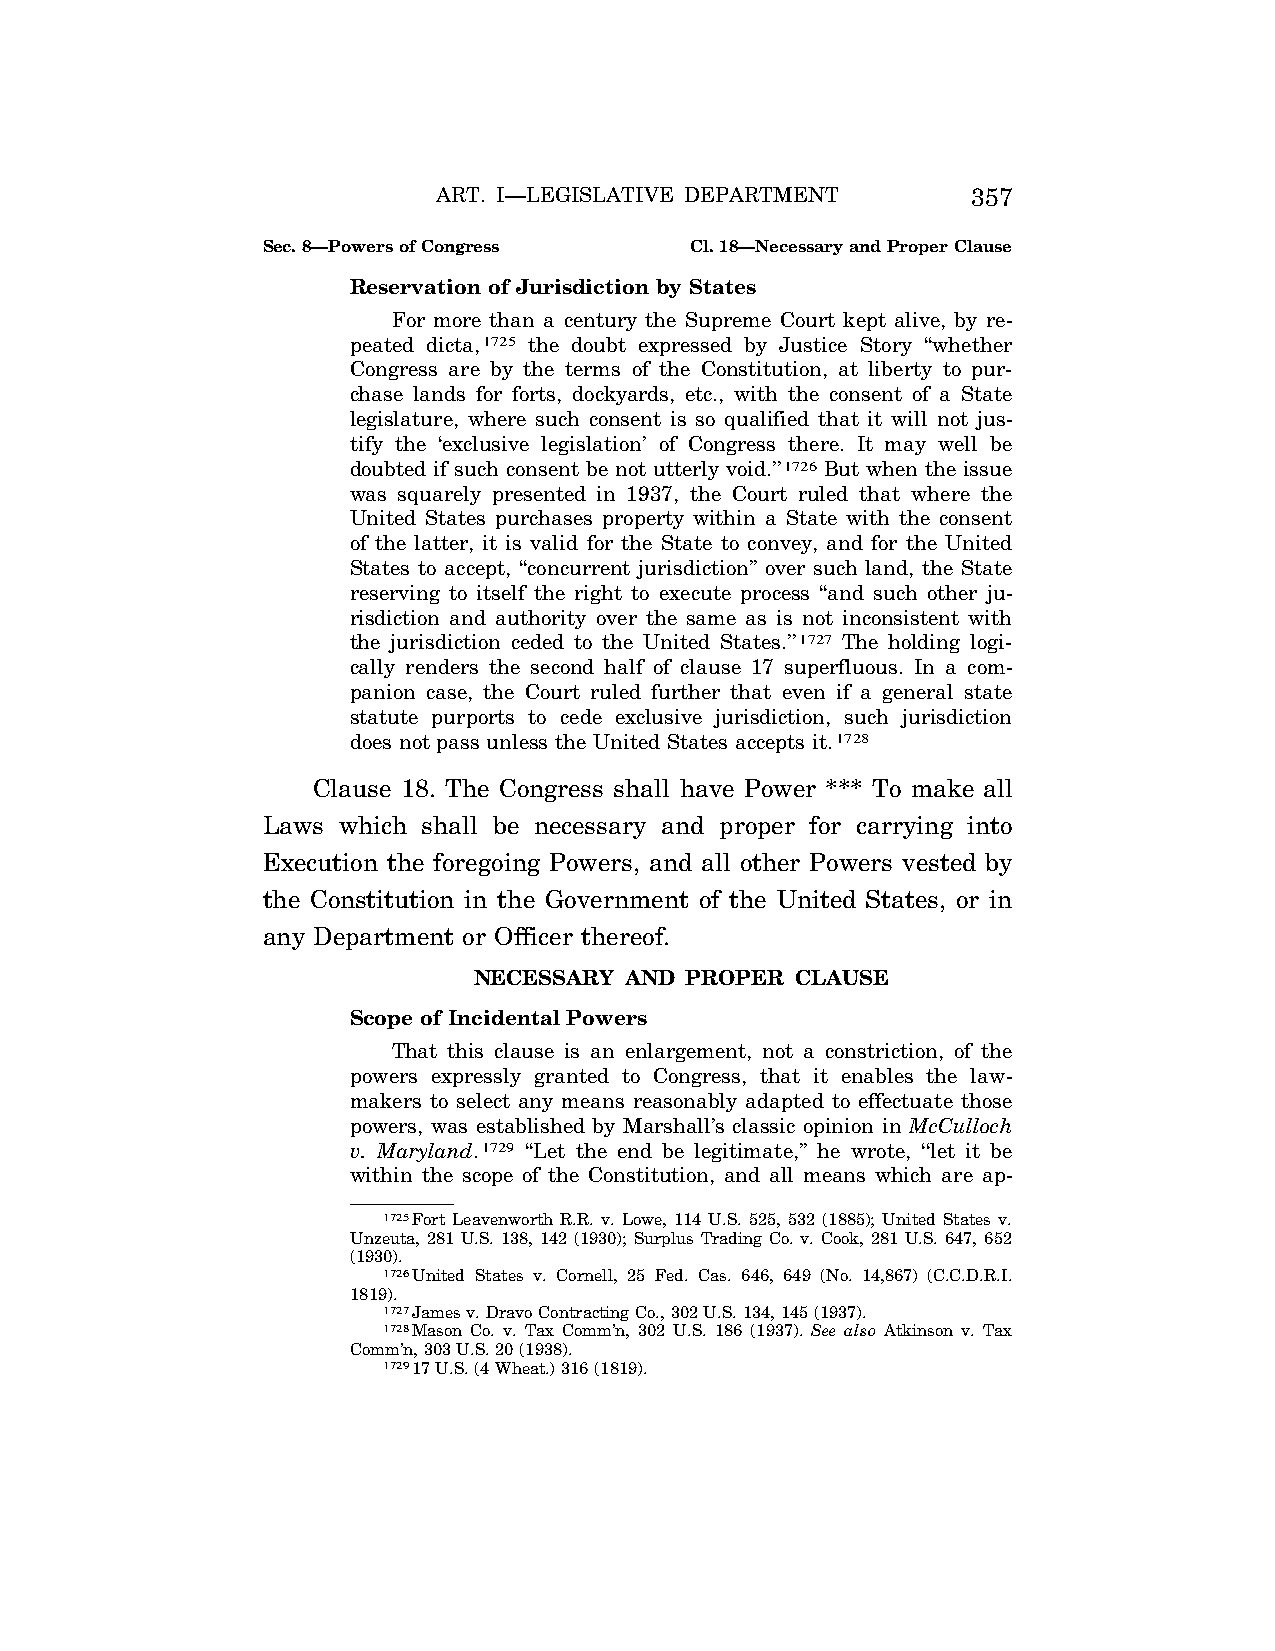
ART. I—LEGISLATIVE DEPARTMENT      357
 Sec. 8—Powers of Congress    Cl. 18—Necessary and Proper Clause
 Reservation of Jurisdiction by States
 For more than a century the Supreme Court kept alive, by re-
 peated dicta,1725 the doubt expressed by Justice Story ‘‘whether
 Congress are by the terms of the Constitution, at liberty to pur-
 chase lands for forts, dockyards, etc., with the consent of a State
 legislature, where such consent is so qualified that it will not jus-
 tify the ‘exclusive legislation’ of Congress there. It may well be
 doubted if such consent be not utterly void.’’1726 But when the issue
 was squarely presented in 1937, the Court ruled that where the
 United States purchases property within a State with the consent
 of the latter, it is valid for the State to convey, and for the United
 States to accept, ‘‘concurrent jurisdiction’’ over such land, the State
 reserving to itself the right to execute process ‘‘and such other ju-
 risdiction and authority over the same as is not inconsistent with
 the jurisdiction ceded to the United States.’’1727 The holding logi-
 cally renders the second half of clause 17 superfluous. In a com-
 panion case, the Court ruled further that even if a general state
 statute purports to cede exclusive jurisdiction, such jurisdiction
 does not pass unless the United States accepts it.1728
 Clause 18. The Congress shall have Power *** To make all
 Laws which shall be necessary and proper for carrying into
 Execution the foregoing Powers, and all other Powers vested by
 the Constitution in the Government of the United States, or in
 any Department or Officer thereof.
 NECESSARY AND PROPER  CLAUSE
 Scope of Incidental Powers
 That this clause is an enlargement, not a constriction, of the
 powers expressly granted to Congress, that it enables the law-
 makers to select any means reasonably adapted to effectuate those
 powers, was established by Marshall’s classic opinion in McCulloch
 v. Maryland.1729 ‘‘Let the end be legitimate,’’ he wrote, ‘‘let it be
 within the scope of the Constitution, and all means which are ap-
 1725Fort Leavenworth R.R. v. Lowe, 114 U.S. 525, 532 (1885); United States v.
 Unzeuta, 281 U.S. 138, 142 (1930); Surplus Trading Co. v. Cook, 281 U.S. 647, 652
 (1930).
 1726United States v. Cornell, 25 Fed. Cas. 646, 649 (No. 14,867) (C.C.D.R.I.
 1819).
 1727James v. Dravo Contracting Co., 302 U.S. 134, 145 (1937).
 1728Mason Co. v. Tax Comm’n, 302 U.S. 186 (1937). See also Atkinson v. Tax
 Comm’n, 303 U.S. 20 (1938).
 172917 U.S. (4 Wheat.) 316 (1819).
 VerDate Apr<14>2004 12:35 Apr 14, 2004 Jkt 077500 PO 00000 Frm 00295 Fmt 8222 Sfmt 8222 C:\CONAN\CON009.SGM PRFM99 PsN: CON009